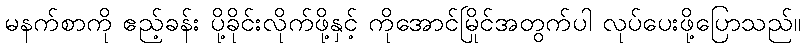
မနက်စာကို ဧည့်ခန်း ပို့ခိုင်းလိုက်ဖို့နှင့် ကိုအောင်မြိုင်အတွက်ပါ လုပ်ပေးဖို့ပြောသည်။